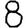
Digit: 8